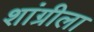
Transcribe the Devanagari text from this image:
शांग्रीला